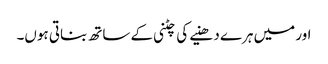
اور میں ہرے دھنیے کی چٹنی کے ساتھ بناتی ہوں۔